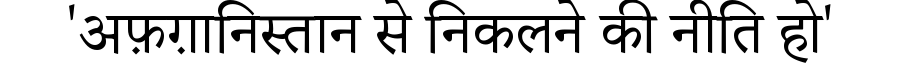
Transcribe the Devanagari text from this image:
'अफ़ग़ानिस्तान से निकलने की नीति हो'